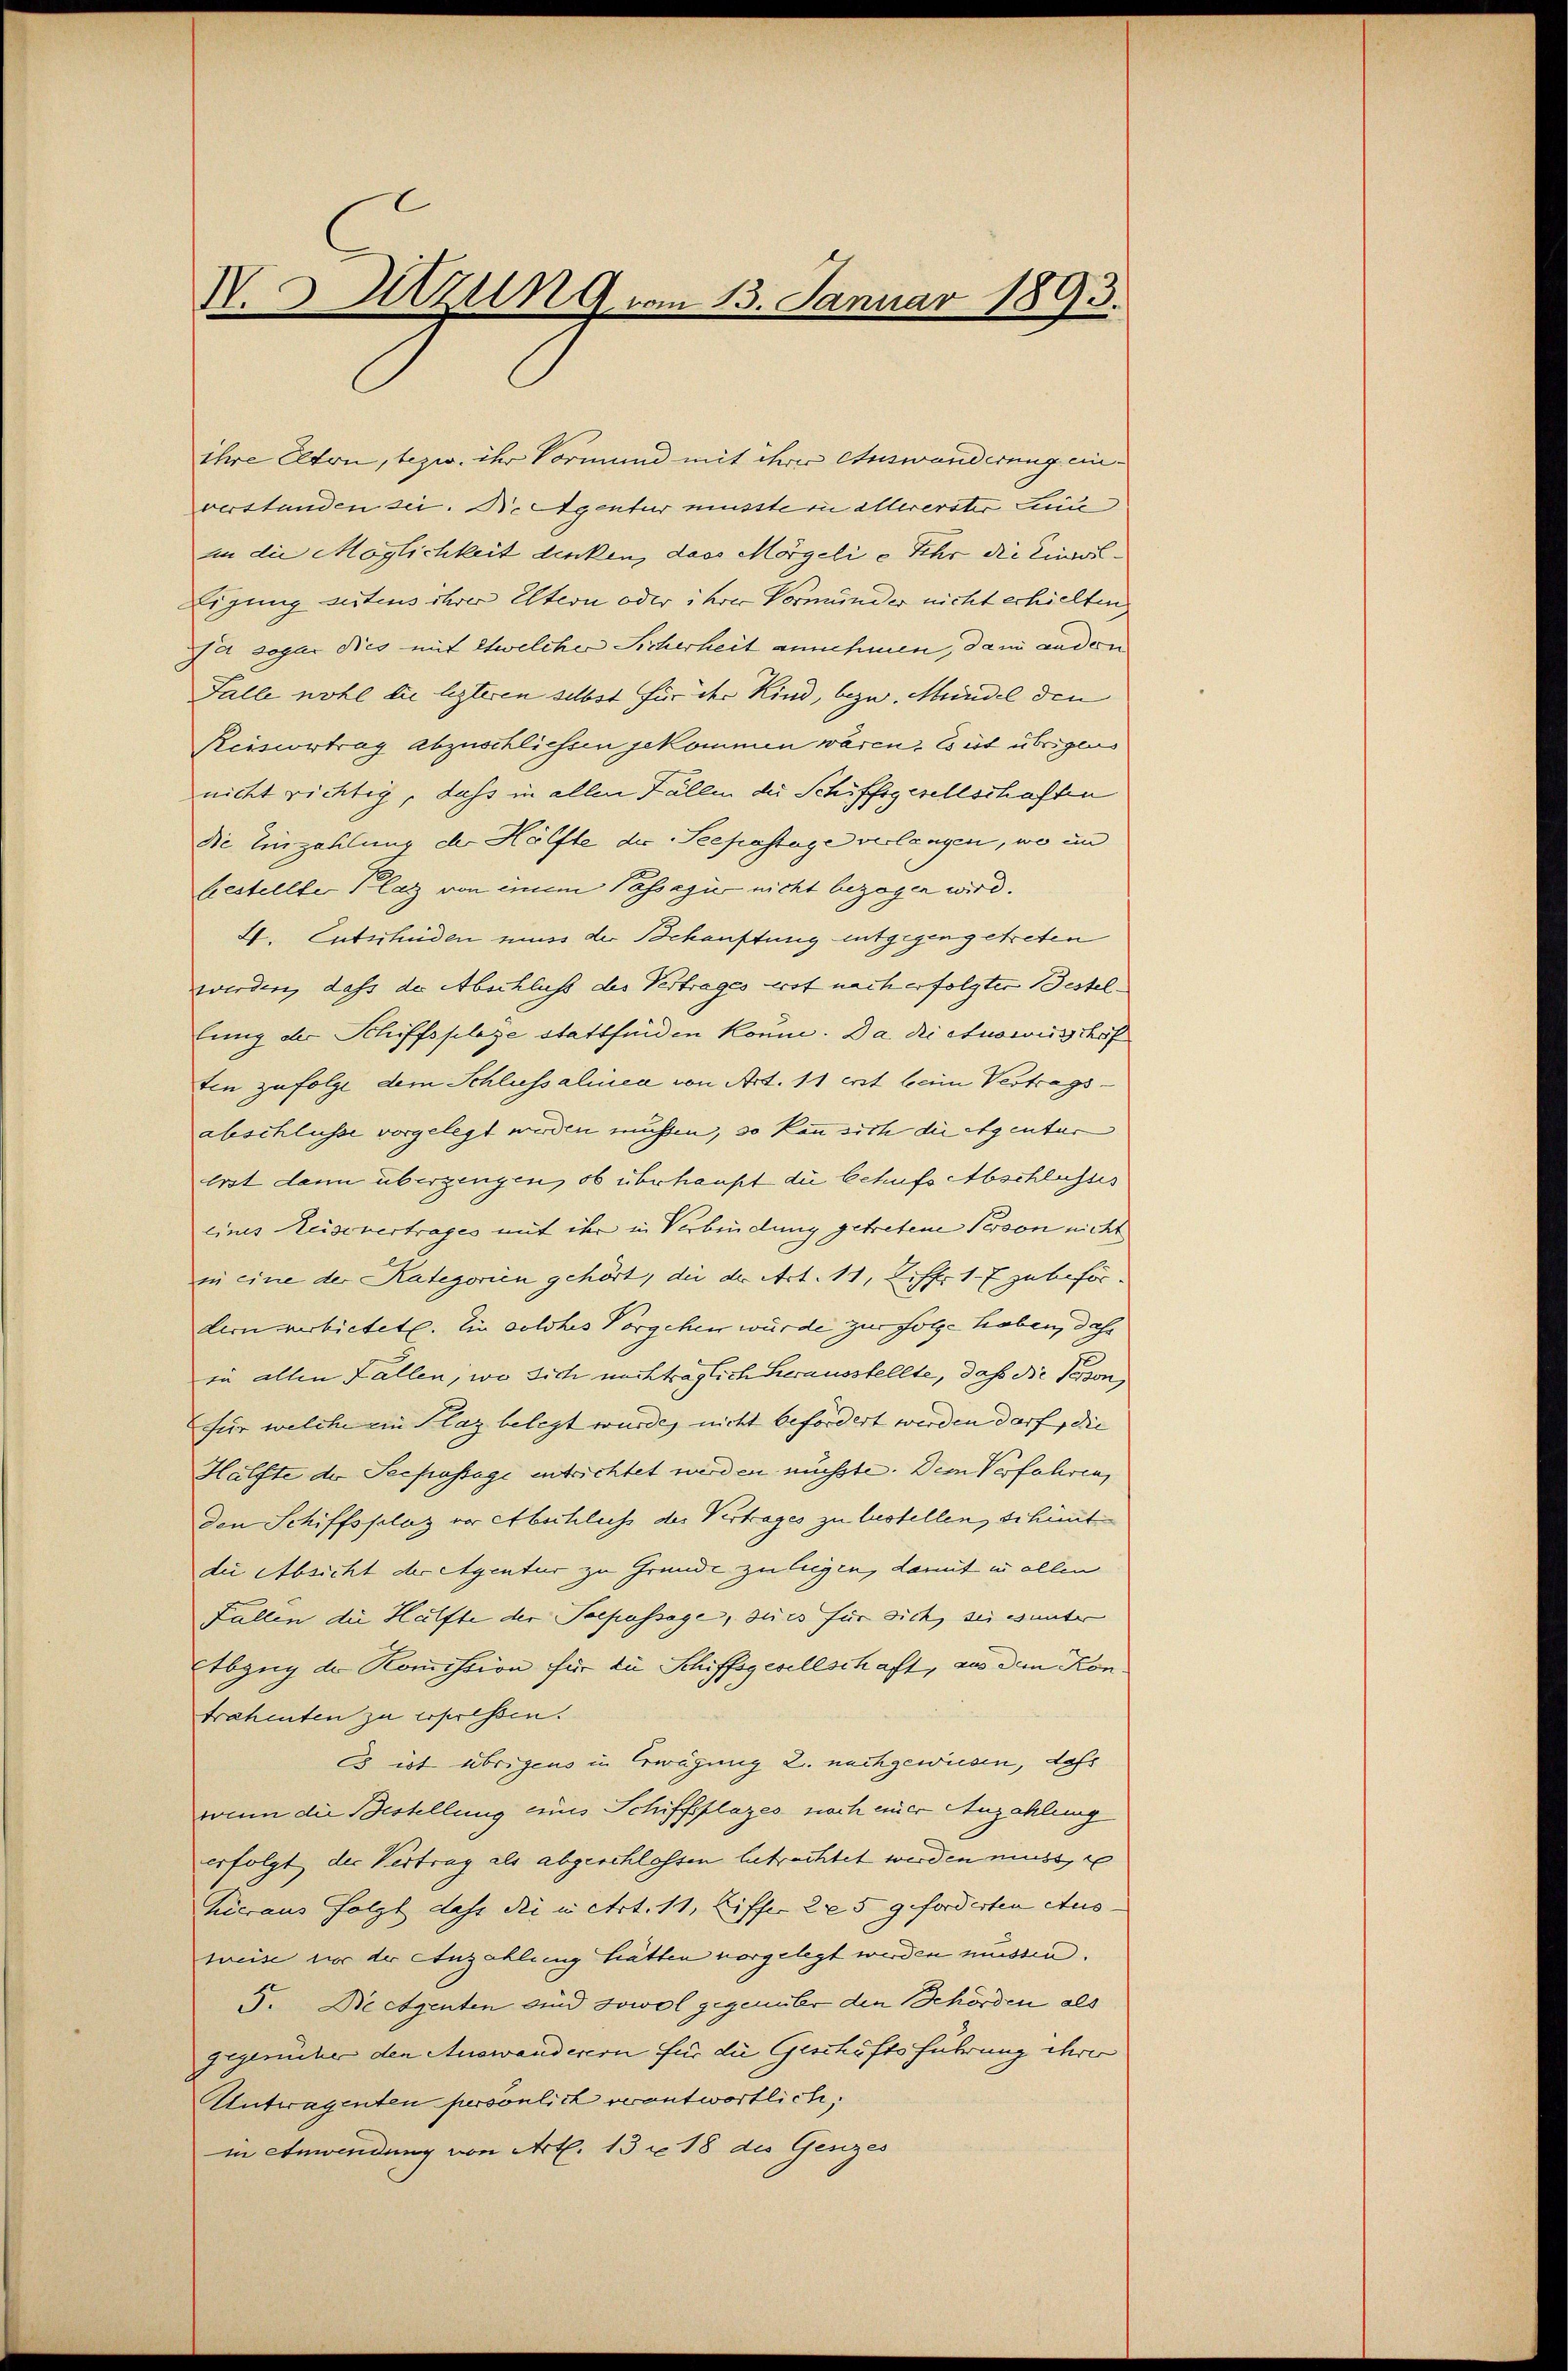
N. 3 Azun 9 vom 13. Januar 1893.

ihre Elten, bezw. ihr Vormund mit ihrer Auswanderung einverstanden sei. Dr. Aigentur musster allererster Leic
in die Möglichkeit denken, dass Morgeli e sehr die Einzu¬
Eigung seitens ihrer Eltern oder ihrer Vormunder nicht erhielten
Da sogar dies mit etwelcher Sicherheit annehmen, dann anden
Falle wohl die lezteren selbst für ihr Kind, bezw. Mündel den
Reisvortrag abzuschliessen gekommen wären. Es ist übrigens
nicht richtig, dass in allen Fällen der Schiffsgesellschaften
Die Einzahlung der Hälfte der Seepastage verlangen, wo im
bestellter Plaz von einem Passau nicht bezogen wird.
4. Entschiden muss der Behauptung entgegengetreten
werden, dass der Abschluss des Vertrages erst nach erfolgter Bestellung der Schiffsplaze stattfinden könne. Da di Ausweisschaf
ten zufolge dem Schluss almea von Art. 11 erst beim Vertragsabschlusse vorgelegt werden müssen, so kann sich die eigentur
erst dann überzeugen, ob überhaupt die behufs Abschlusses
eines Reisevertrages mit ihr in Verbindung getretene Person nicht
in eine der Kategorien gehört, die der Art. 11, Ziff. 17 zu befördem verbietet. Ein solches Vorgehen würde zur Folge haben, dahe
in allen Fallen, wo sich nachträglich herausstellte, daß die Person,
für welche ein Plaz belegt wurde, nicht befördert werden darf, die
Hälfte der Seepassage entrichtet werden müsste. Dem Verfahren,
den Schiffsplaz vor Abschluss des Vertrages zu lastellen, schint
die Absicht der Agentur zu Grunde zu liegen, damit in allen
Fallen die Hälfte der Poepassage, die es für sich, sei unter
Etbzug der Kommission für die Schiffsgesellschaft, aus den Kon
trahenten zu erpressen.
Es ist übrigens in Erwägung 2. nachgewiesen, daß
wenn die Bestellung eines Schiffsflages noch einer Anzahlung
erfolgt der Vertrag als abgeschlossen betrachtet werden muss,
hieraus folgt dass die in Art. 11, Liffer 225 geforderten Aus
weise vor der Anzahlung hätten vorgelegt werden müssen.
5. Die etzenten sind sowol gegenüber den Behörden als
gegenüber den Auswanderern für die Geschäftsführung etwa
Untwagenten persönlich verantwortlich,
in Anwendung von Art. 13 u. 18 des Gesizes